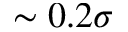
\sim 0 . 2 \sigma